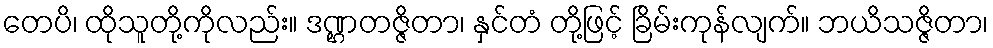
တေပိ၊ ထိုသူတို့ကိုလည်း။ ဒဏ္ဌတဇ္ဇိတာ၊ နှင်တံ တို့ဖြင့် ခြိမ်းကုန်လျက်။ ဘယိသဇ္ဇိတာ၊